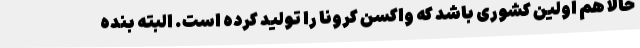
حالا هم اولین کشوری باشد که واکسن کرونا را تولید کرده است. البته بنده